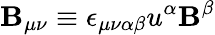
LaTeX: \mathbf{B}_{\mu\nu}\equiv\epsilon_{\mu\nu\alpha\beta}u^{\alpha}\mathbf{B}^{\beta}